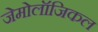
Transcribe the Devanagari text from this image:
जेमोलॉजिकल